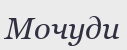
Мочуди